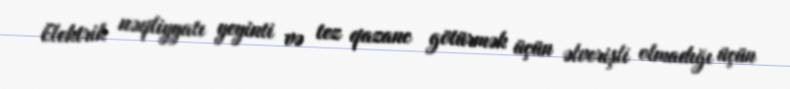
Elektrik nəqliyyatı yeyinti və tez qazanc götürmək üçün əlverişli olmadığı üçün